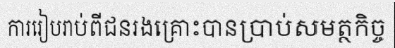
ការរៀបរាប់ពីជនរងគ្រោះបានប្រាប់សមត្ថកិច្ច